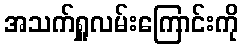
အသက်ရှူလမ်းကြောင်းကို